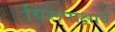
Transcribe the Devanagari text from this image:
विरूपाक्षाय